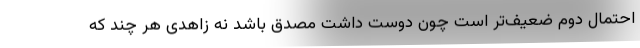
احتمال دوم ضعیف‌تر است چون دوست داشت مصدق باشد نه زاهدی هر چند که